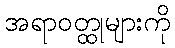
အရာဝတ္ထုများကို